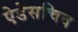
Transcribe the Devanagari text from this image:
ऐडेसचिव